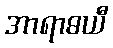
အာရာဓယီ